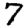
Digit: 7